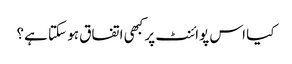
کیا اس پوائنٹ پر کبھی اتفاق ہو سکتا ہے؟